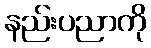
နည်းပညာကို